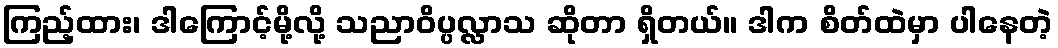
ကြည့်ထား၊ ဒါကြောင့်မို့လို့ သညာဝိပ္ပလ္လာသ ဆိုတာ ရှိတယ်။ ဒါက စိတ်ထဲမှာ ပါနေတဲ့